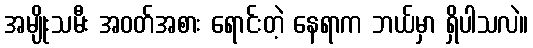
အမျိုးသမီး အဝတ်အစား ရောင်းတဲ့ နေရာက ဘယ်မှာ ရှိပါသလဲ။